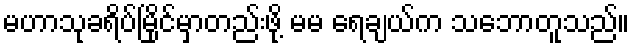
မဟာသုခရိပ်မြိုင်မှာတည်းဖို့ မမ ရေချယ်က သဘောတူသည်။